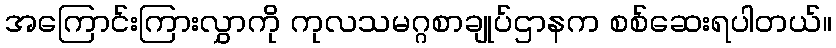
အကြောင်းကြားလွှာကို ကုလသမဂ္ဂစာချုပ်ဌာနက စစ်ဆေးရပါတယ်။